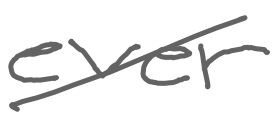
Text: ever
Cross-out: diagonal
Writing tool: digital_gray